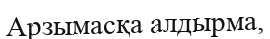
Арзымасқа алдырма,